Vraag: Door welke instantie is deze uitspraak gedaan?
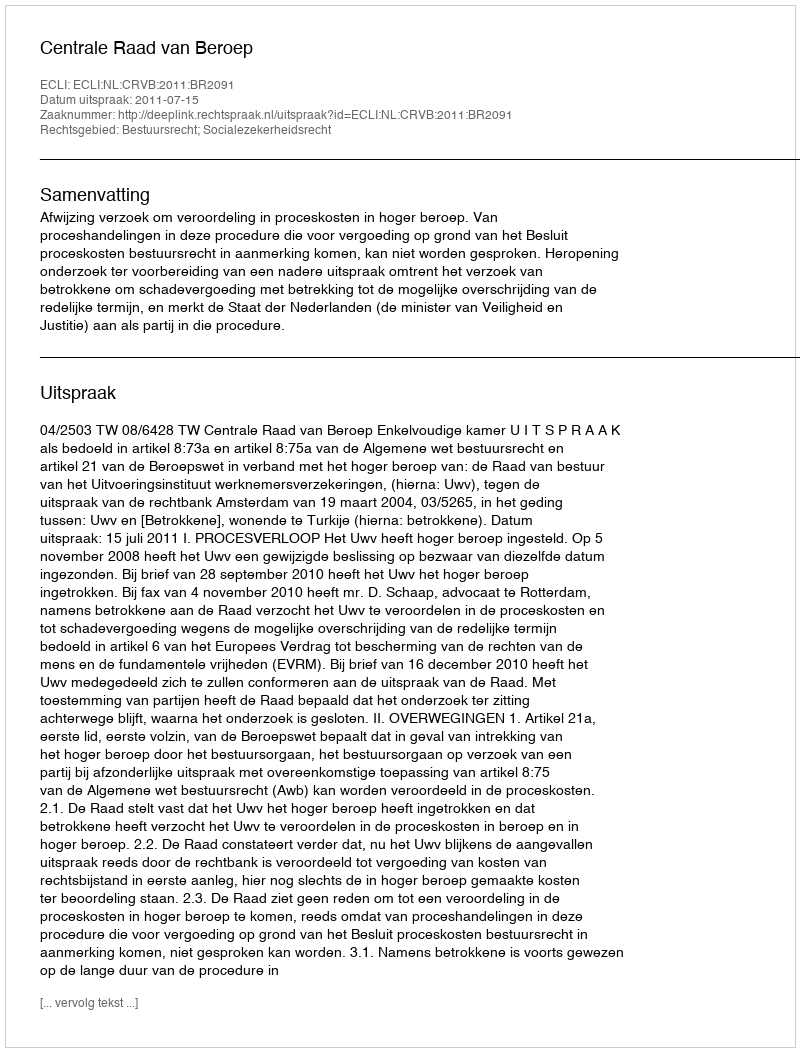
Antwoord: Centrale Raad van Beroep